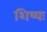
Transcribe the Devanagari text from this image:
शिष्यः